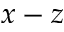
x - z